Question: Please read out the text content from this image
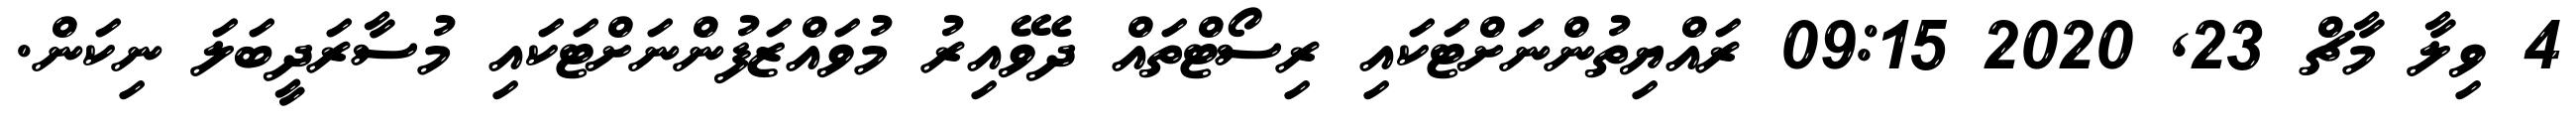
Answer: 4 ވިލާ މާޗް 23, 2020 09:15 ރައްޔިތުންނަށްޓަކައި ރިސޯޓްތައް ދެވޭއިރު މުވައްޒަފުންނަށްޓަކައި މުސާރަދީބަލަ ނިކަން.